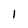
Character: 1